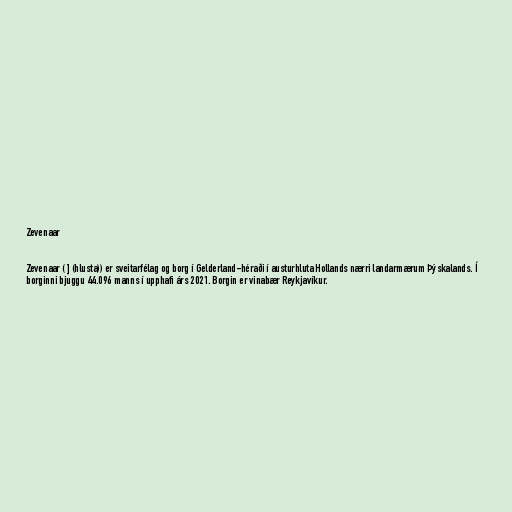
Zevenaar

Zevenaar ( ] (hlusta)) er sveitarfélag og borg í Gelderland-héraði í austurhluta Hollands nærri landarmærum Þýskalands. Í
borginni bjuggu 44.096 manns í upphafi árs 2021. Borgin er vinabær Reykjavíkur.